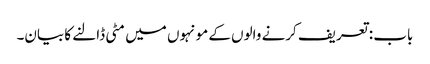
باب : تعریف کرنے والوں کے مونہوں میں مٹی ڈالنے کا بیان۔